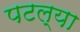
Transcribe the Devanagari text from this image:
पटल्या